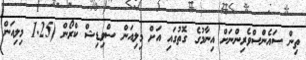
ތިން ސައެންސްވެރިންނަށް އިނާމުގެ ގޮތުގައި އަށް މިލިއަން ސްވިޑިޝް ކްރޯން (1.25 މިލިއަން